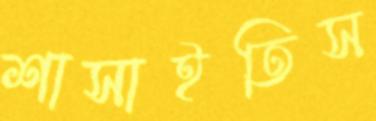
শাসাইতিস